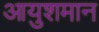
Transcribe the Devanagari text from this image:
आयुशमान